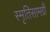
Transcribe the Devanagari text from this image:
स्मृतिसामग्री